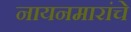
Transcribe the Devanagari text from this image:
नायनमारांचे